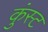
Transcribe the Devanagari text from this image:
कुंस्ट